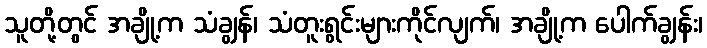
သူတို့တွင် အချို့က သံချွန်၊ သံတူးရွင်းများကိုင်လျက်၊ အချို့က ပေါက်ချွန်း၊